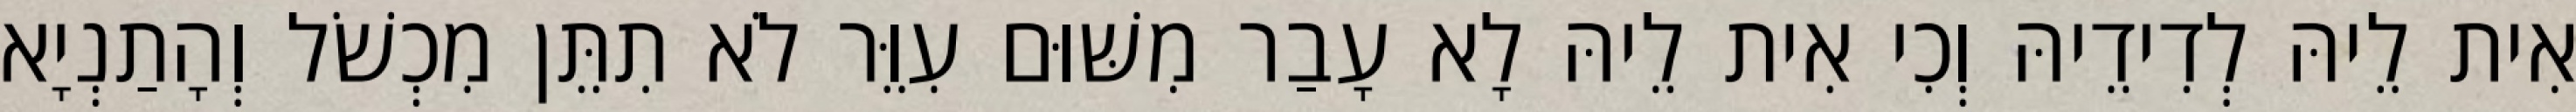
אִית לֵיהּ לְדִידֵיהּ וְכִי אִית לֵיהּ לָא עָבַר מִשּׁוּם עִוֵּר לֹא תִתֵּן מִכְשֹׁל וְהָתַנְיָא